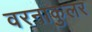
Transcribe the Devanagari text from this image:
वरनाकुलर